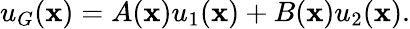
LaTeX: u_{G}(\mathbf{x})=A(\mathbf{x})u_{1}(\mathbf{x})+B(\mathbf{x})u_{2}(\mathbf{x}).